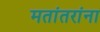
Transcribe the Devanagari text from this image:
मतांतरांना